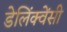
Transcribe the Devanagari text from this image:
डेलिंक्वेंसी